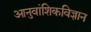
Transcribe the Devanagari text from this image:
आनुवांशिकविज्ञान